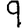
Digit: 9